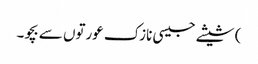
) شیشے جیسی نازک عورتوں سے بچو۔